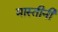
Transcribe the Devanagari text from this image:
मास्तीनी